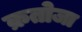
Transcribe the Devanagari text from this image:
क्रतोजा